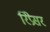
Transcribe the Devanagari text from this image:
रिप्रेसर